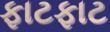
ફાટફાટ